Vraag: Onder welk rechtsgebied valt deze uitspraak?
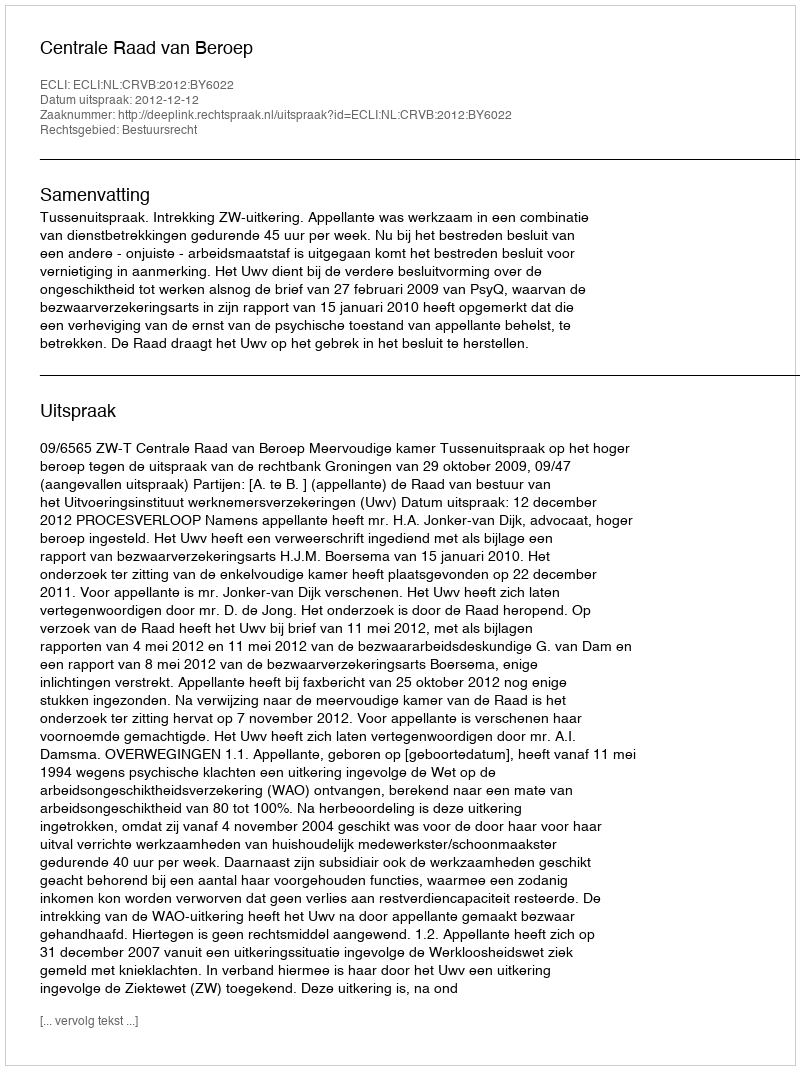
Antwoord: Bestuursrecht